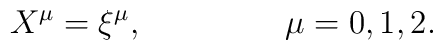
X^{\mu}=\xi^{\mu},\qquad\qquad\ \mu=0,1,2.